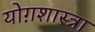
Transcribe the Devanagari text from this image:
योग़शास्त्रा